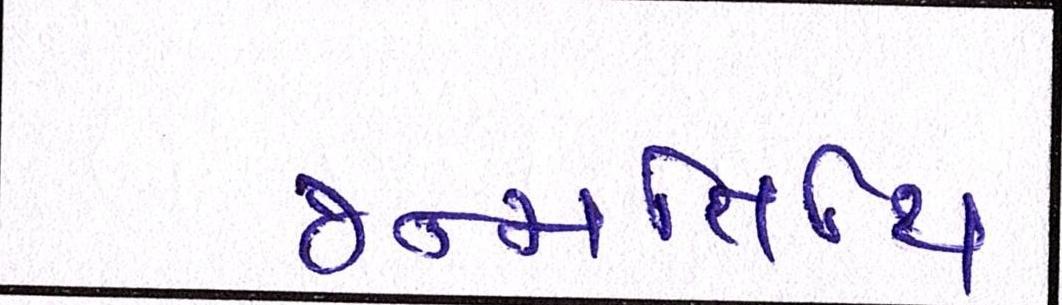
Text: જન્મતિથિ